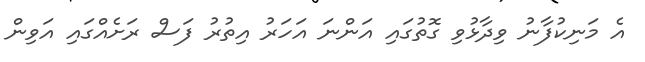
އެ މަނިކުފާނު ވިދާޅުވި ގޮތުގައި އަންނަ އަހަރު އިތުރު ފަސް ރަށެއްގައި އަވިން